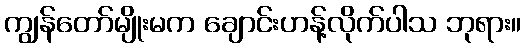
ကျွန်တော်မျိုးမက ချောင်းဟန့်လိုက်ပါသ ဘုရား။